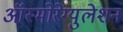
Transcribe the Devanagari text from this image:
ऑस्मोरेग्युलेशन